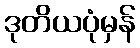
ဒုတိယပုံမှန်